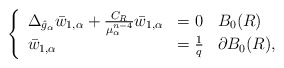
\begin{align*} \left\{\begin{array}{lll}\Delta_{\hat{g}_\alpha}\bar{w}_{1,\alpha}+\frac{C_R}{\mu_\alpha^{n-4}}\bar{w}_{1,\alpha} & =0 &B_0(R)\\\bar{w}_{1,\alpha} & =\frac{1}{q} & \partial B_0(R),\end{array}\right.\end{align*}